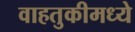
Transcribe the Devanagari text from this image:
वाहतुकीमध्ये